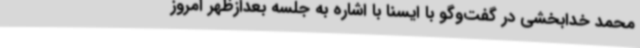
محمد خدابخشی در گفت‌وگو با ایسنا با اشاره به جلسه بعدازظهر امروز